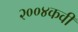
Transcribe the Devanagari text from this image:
२००४कवी